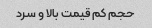
حجم کم قیمت بالا و سرد